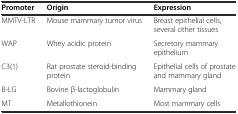
<table><thead><tr><td><b>Promoter</b></td><td><b>Origin</b></td><td><b>Expression</b></td></tr></thead><tbody><tr><td>MMTV-LTR</td><td>Mouse mammary tumor virus</td><td>Breast epithelial cells, several other tissues</td></tr><tr><td>WAP</td><td>Whey acidic protein</td><td>Secretory mammary epithelium</td></tr><tr><td>C3(1)</td><td>Rat prostate steroid-binding protein</td><td>Epithelial cells of prostate and mammary gland</td></tr><tr><td>B-LG</td><td>Bovine ?-lactoglobulin</td><td>Mammary gland</td></tr><tr><td>MT</td><td>Metallothionein</td><td>Most mammary cells</td></tr></tbody></table>